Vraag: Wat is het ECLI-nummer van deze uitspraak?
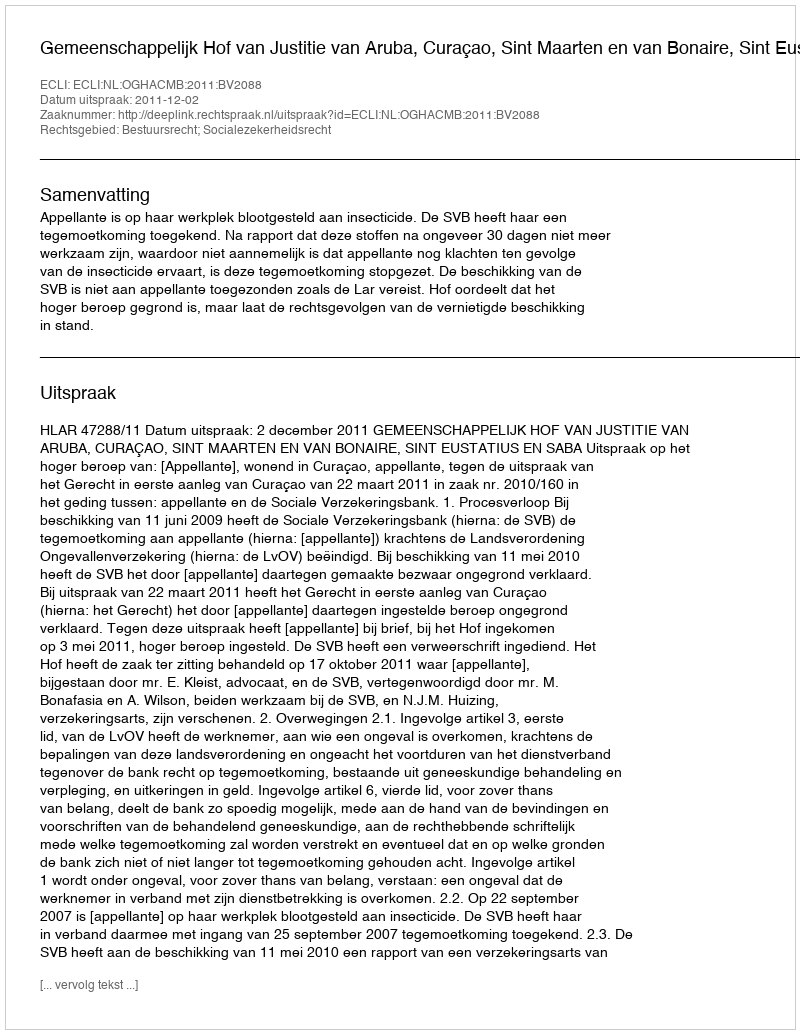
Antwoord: ECLI:NL:OGHACMB:2011:BV2088